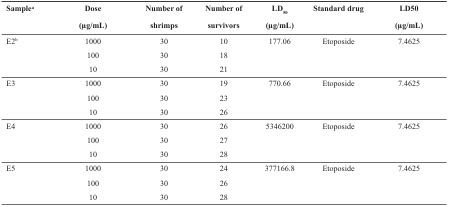
<table><thead><tr><td><b>Sample<sup>a</sup></b></td><td><b>Dose(μg/mL)</b></td><td><b>Number ofshrimps</b></td><td><b>Number ofsurvivors</b></td><td><b>LD<sub>50</sub>(μg/mL)</b></td><td><b>Standard drug</b></td><td><b>LD<sub>50</sub>(μg/mL)</b></td></tr></thead><tbody><tr><td>E2b</td><td>1000</td><td>30</td><td>10</td><td>177.06</td><td>Etoposide</td><td>7.4625</td></tr><tr><td>[EMPTY_CELL]</td><td>100</td><td>30</td><td>18</td><td colspan="3">[EMPTY_CELL]</td></tr><tr><td>[EMPTY_CELL]</td><td>10</td><td>30</td><td>21</td><td colspan="3">[EMPTY_CELL]</td></tr><tr><td>E3</td><td>1000</td><td>30</td><td>19</td><td>770.66</td><td>Etoposide</td><td>7.4625</td></tr><tr><td>[EMPTY_CELL]</td><td>100</td><td>30</td><td>23</td><td colspan="3">[EMPTY_CELL]</td></tr><tr><td>[EMPTY_CELL]</td><td>10</td><td>30</td><td>26</td><td colspan="3">[EMPTY_CELL]</td></tr><tr><td>E4</td><td>1000</td><td>30</td><td>26</td><td>5346200</td><td>Etoposide</td><td>7.4625</td></tr><tr><td>[EMPTY_CELL]</td><td>100</td><td>30</td><td>27</td><td colspan="3">[EMPTY_CELL]</td></tr><tr><td>[EMPTY_CELL]</td><td>10</td><td>30</td><td>28</td><td colspan="3">[EMPTY_CELL]</td></tr><tr><td>E5</td><td>1000</td><td>30</td><td>24</td><td>377166.8</td><td>Etoposide</td><td>7.4625</td></tr><tr><td>[EMPTY_CELL]</td><td>100</td><td>30</td><td>26</td><td colspan="3">[EMPTY_CELL]</td></tr><tr><td>[EMPTY_CELL]</td><td>10</td><td>30</td><td>28</td><td colspan="3">[EMPTY_CELL]</td></tr></tbody></table>